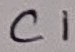
Text: C1